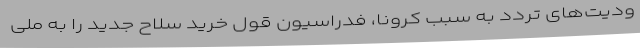
ودیت‌های تردد به سبب کرونا، فدراسیون قول خرید سلاح جدید را به ملی